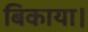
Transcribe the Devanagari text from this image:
बिकाया।